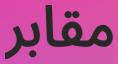
مقابر